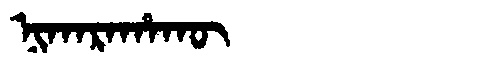
Manchu: ᠨᡳᡴᠠᡵᠠᡥᠠᡴᡡ
Romanization: NIKARAHAKŪ